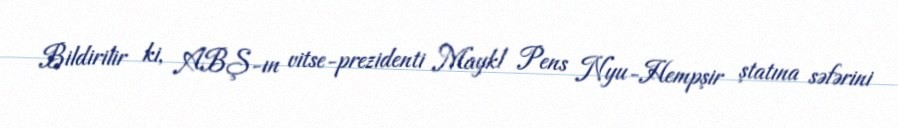
Bildirilir ki, ABŞ-ın vitse-prezidenti Maykl Pens Nyu-Hempşir ştatına səfərini